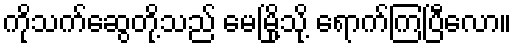
ကိုသက်ဆွေတို့သည် မေမြို့သို့ ရောက်ကြပြီလော။